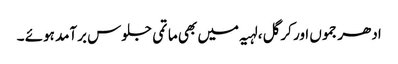
ادھر جموں اور کرگل ،لہیہ میں بھی ماتمی جلوس برآمد ہوئے ۔